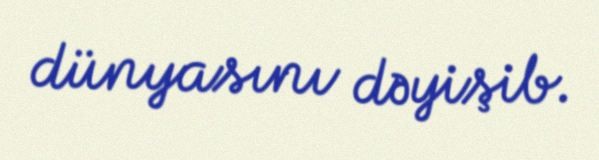
dünyasını dəyişib.